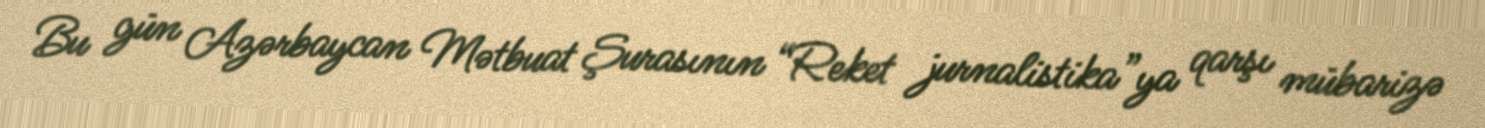
Bu gün Azərbaycan Mətbuat Şurasının “Reket jurnalistika”ya qarşı mübarizə